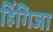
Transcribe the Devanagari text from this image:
हिंगिजा